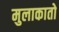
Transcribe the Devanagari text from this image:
मुलाकातो